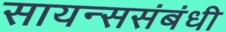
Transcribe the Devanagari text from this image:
सायन्ससंबंधी